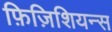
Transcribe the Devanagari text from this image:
फ़िज़िशियन्स